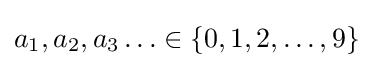
a_{1},a_{2},a_{3}\ldots \in \{0,1,2,\ldots ,9\}